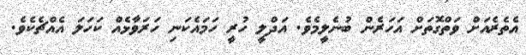
އެތެރެއަށް ވަތްގޮތަށް އަހަރެން ބުނެލީމެވެ. އަދްލީ ހުރީ ހަމައެކަނި ހަރަވާޅެއް ކަހަލަ އެއްޗެކެވެ.